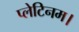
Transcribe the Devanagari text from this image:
प्लेटिनम।